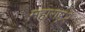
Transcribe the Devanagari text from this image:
महाराष्ट्र२